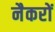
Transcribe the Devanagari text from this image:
नैकरों